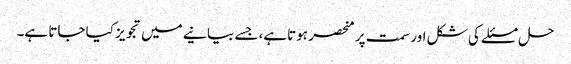
حل مسئلے کی شکل اور سمت پر منحصر ہوتاہے، جسے بیانیے میں تجویز کیا جاتا ہے۔